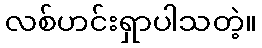
လစ်ဟင်းရှာပါသတဲ့။